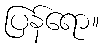
ပြန်ရော။